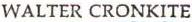
WALTER CRONKITE